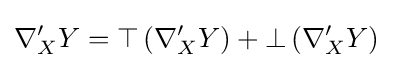
\nabla '_{X}Y=\top \left(\nabla '_{X}Y\right)+\bot \left(\nabla '_{X}Y\right)